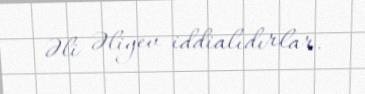
Əli Əliyev iddialıdırlar.